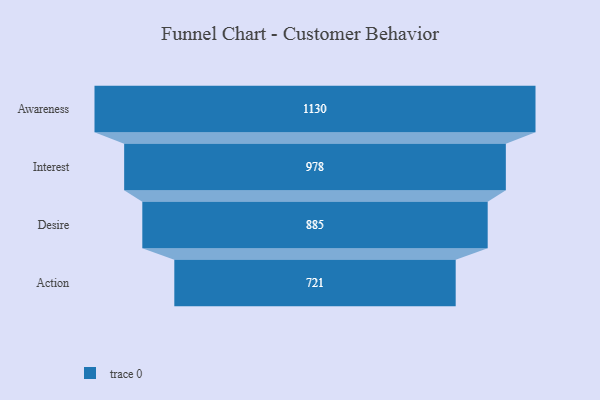
{"axis": {"x": "Stage", "y": "Value"}, "legend": [""], "data": [{"x": "Awareness", "y": 1130.0, "type": ""}, {"x": "Interest", "y": 978.0, "type": ""}, {"x": "Desire", "y": 885.0, "type": ""}, {"x": "Action", "y": 721.0, "type": ""}]}